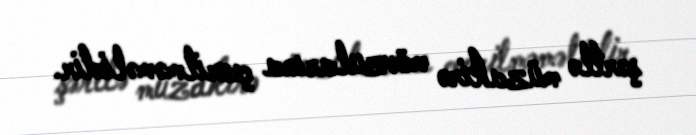
şərtlə müzakirə mövzularına çevrilməməlidir.